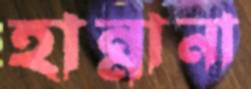
হান্নানা